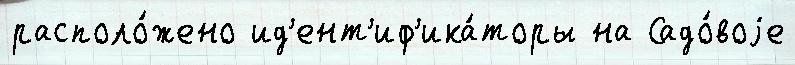
располо́жено ид'ент'иф'ика́торы на Садо́воjе